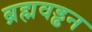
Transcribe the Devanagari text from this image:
ब्रह्मवड्ढन